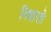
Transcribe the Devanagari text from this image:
निक्षारते